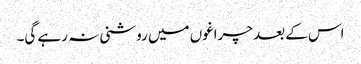
اس کے بعد چراغوں میں روشنی نہ رہے گی۔